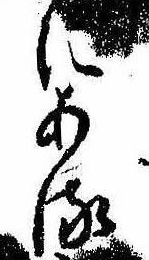
にある